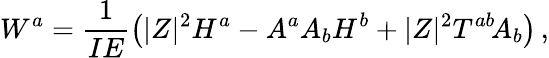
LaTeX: W^{a}=\frac{1}{IE}\big(|Z|^{2}H^{a}-A^{a}A_{b}H^{b}+|Z|^{2}T^{ab}\! A_{b}\big)\, ,